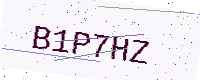
Text: B1P7HZ